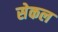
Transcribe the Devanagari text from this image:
सेकल